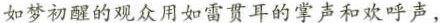
如梦初醒的观众用如雷贯耳的掌声和欢呼声，